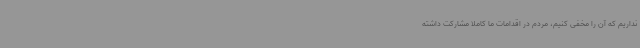
نداریم که آن را مخفی کنیم، مردم در اقدامات ما کاملاً مشارکت داشته